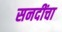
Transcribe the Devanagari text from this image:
सनदींचा